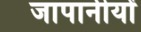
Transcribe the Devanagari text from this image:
जापानीयों